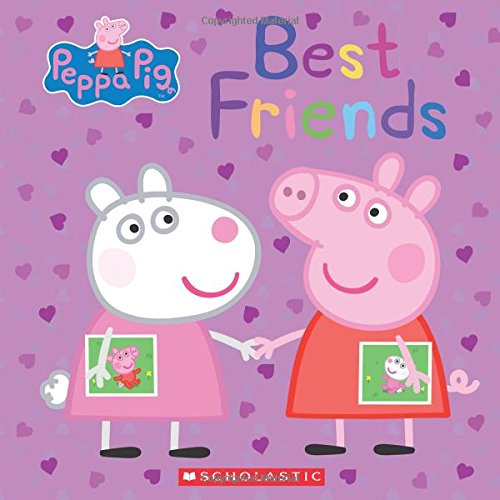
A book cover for Best Friends (Peppa Pig); Scholastic; Children's Books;